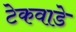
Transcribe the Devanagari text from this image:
टेकवाडे